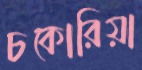
চকোরিয়া